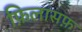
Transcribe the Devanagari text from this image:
फ़िलासफ़